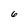
Character: 6